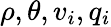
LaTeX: \rho,\theta,v_{i},q_{i}